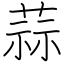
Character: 蒜